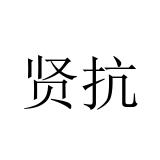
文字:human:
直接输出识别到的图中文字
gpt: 贤抗